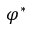
\varphi ^ { * }